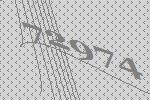
72974